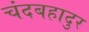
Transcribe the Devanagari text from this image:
चंदबहादुर